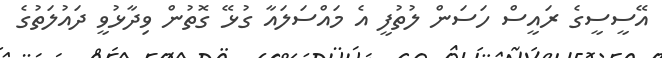
އޭސީސީގެ ރައީސް ހަސަން ލުތުފީ އެ މައްސަލައާ ގުޅޭ ގޮތުން ވިދާޅުވީ ދައުލަތުގެ